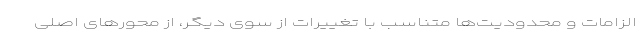
الزامات و محدودیت‌ها متناسب با تغییرات از سوی دیگر، از محورهای اصلی